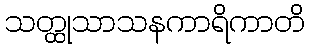
သတ္ထုသာသနကာရိကာတိ